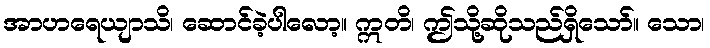
အာဟရေယျာသိ၊ ဆောင်ခဲ့ပါလော့။ ဣတိ၊ ဤသို့ဆိုသည်ရှိသော်။ သော၊